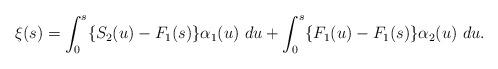
LaTeX: \begin{align*} \xi(s) = \int_0^s \{ S_2(u) - F_1(s) \} \alpha_{1}(u) \ du + \int_0^s \{ F_1(u) - F_1(s) \} \alpha_{2}(u) \ du. \end{align*}